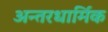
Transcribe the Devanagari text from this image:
अन्तरधार्मिक